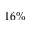
1 6 \%